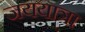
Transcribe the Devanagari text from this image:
जययात्रा